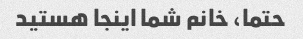
حتما، خانم شما اینجا هستید